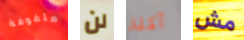
ملفوفة لن آكلة مش